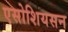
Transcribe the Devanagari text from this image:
एसोशियसन